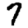
Digit: 7